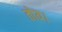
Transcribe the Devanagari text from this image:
तोय।